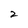
Character: 2